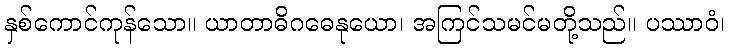
နှစ်ကောင်ကုန်သော။ ယာတာဓိဂဓေနုယော၊ အကြင်သမင်မတို့သည်။ ပဿာဝံ၊